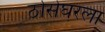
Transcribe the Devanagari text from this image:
ठोसेघरला